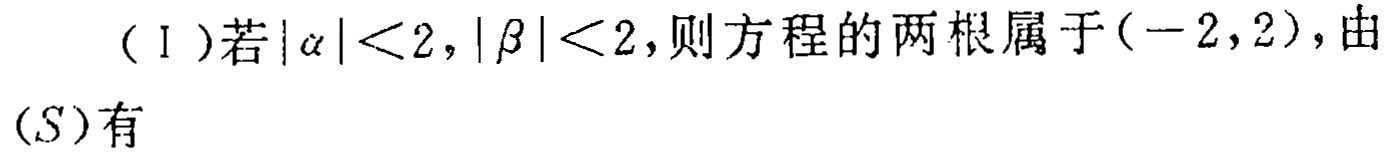
（Ⅰ）若\(|\alpha |<2,|\beta |<2\)，则方程的两根属于\((-2,2)\)，由
\((S)\)有